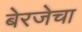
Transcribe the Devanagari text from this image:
बेरजेचा